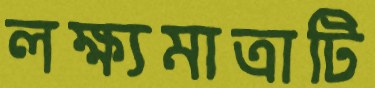
লক্ষ্যমাত্রাটি